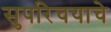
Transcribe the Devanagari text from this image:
सुपरिचयाचे